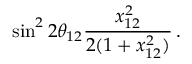
\sin ^ { 2 } 2 \theta _ { 1 2 } \frac { x _ { 1 2 } ^ { 2 } } { 2 ( 1 + x _ { 1 2 } ^ { 2 } ) } \, .